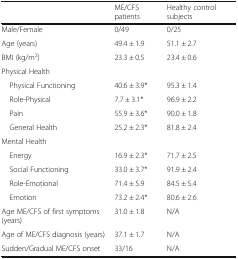
<table><thead><tr><td></td><td><b>ME/CFS patients</b></td><td><b>Healthy control subjects</b></td></tr></thead><tbody><tr><td>Male/Female</td><td>0/49</td><td>0/25</td></tr><tr><td>Age (years)</td><td>49.4 ± 1.9</td><td>51.1 ± 2.7</td></tr><tr><td>BMI (kg/m<sup>2</sup>)</td><td>23.3 ± 0.5</td><td>23.4 ± 0.6</td></tr><tr><td colspan="3">Physical Health</td></tr><tr><td> Physical Functioning</td><td>40.6 ± 3.9*</td><td>95.3 ± 1.4</td></tr><tr><td> Role-Physical</td><td>7.7 ± 3.1*</td><td>96.9 ± 2.2</td></tr><tr><td> Pain</td><td>55.9 ± 3.6*</td><td>90.0 ± 1.8</td></tr><tr><td> General Health</td><td>25.2 ± 2.3*</td><td>81.8 ± 2.4</td></tr><tr><td colspan="3">Mental Health</td></tr><tr><td> Energy</td><td>16.9 ± 2.3*</td><td>71.7 ± 2.5</td></tr><tr><td> Social Functioning</td><td>33.0 ± 3.7*</td><td>91.9 ± 2.4</td></tr><tr><td> Role-Emotional</td><td>71.4 ± 5.9</td><td>84.5 ± 5.4</td></tr><tr><td> Emotion</td><td>73.2 ± 2.4*</td><td>80.6 ± 2.6</td></tr><tr><td>Age ME/CFS of first symptoms (years)</td><td>31.0 ± 1.8</td><td>N/A</td></tr><tr><td>Age of ME/CFS diagnosis (years)</td><td>37.1 ± 1.7</td><td>N/A</td></tr><tr><td>Sudden/Gradual ME/CFS onset</td><td>33/16</td><td>N/A</td></tr></tbody></table>